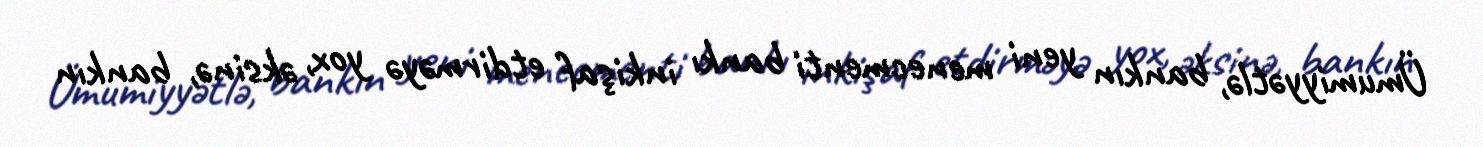
Ümumiyyətlə, bankın yeni menecmenti bankı inkişaf etdirməyə yox, əksinə, bankın